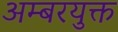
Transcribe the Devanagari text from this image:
अम्बरयुक्त